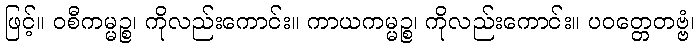
ဖြင့်။ ဝစီကမ္မဉ္စ၊ ကိုလည်းကောင်း။ ကာယကမ္မဉ္စ၊ ကိုလည်းကောင်း။ ပဝတ္တေတဗ္ဗံ၊